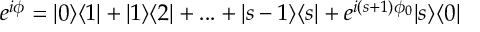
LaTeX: e ^ { i \phi } = | 0 \rangle \langle 1 | + | 1 \rangle \langle 2 | + . . . + | s - 1 \rangle \langle s | + e ^ { i ( s + 1 ) \phi _ { 0 } } | s \rangle \langle 0 |